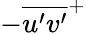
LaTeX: -\overline{{u^{\prime}v^{\prime}}}^{+}